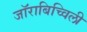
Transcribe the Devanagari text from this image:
जॉराबिच्विली